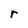
Character: r